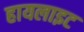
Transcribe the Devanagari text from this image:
हायलाइट